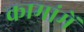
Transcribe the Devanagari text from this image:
कामांमें